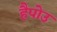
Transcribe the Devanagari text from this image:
हैपोउ